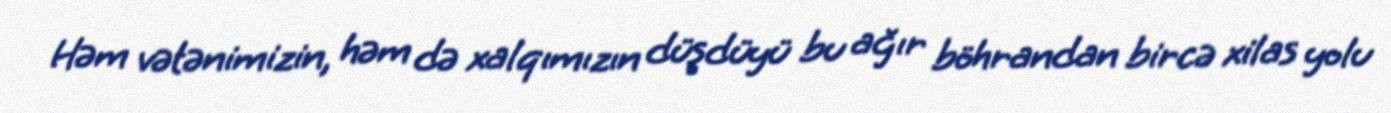
Həm vətənimizin, həm də xalqımızın düşdüyü bu ağır böhrandan bircə xilas yolu